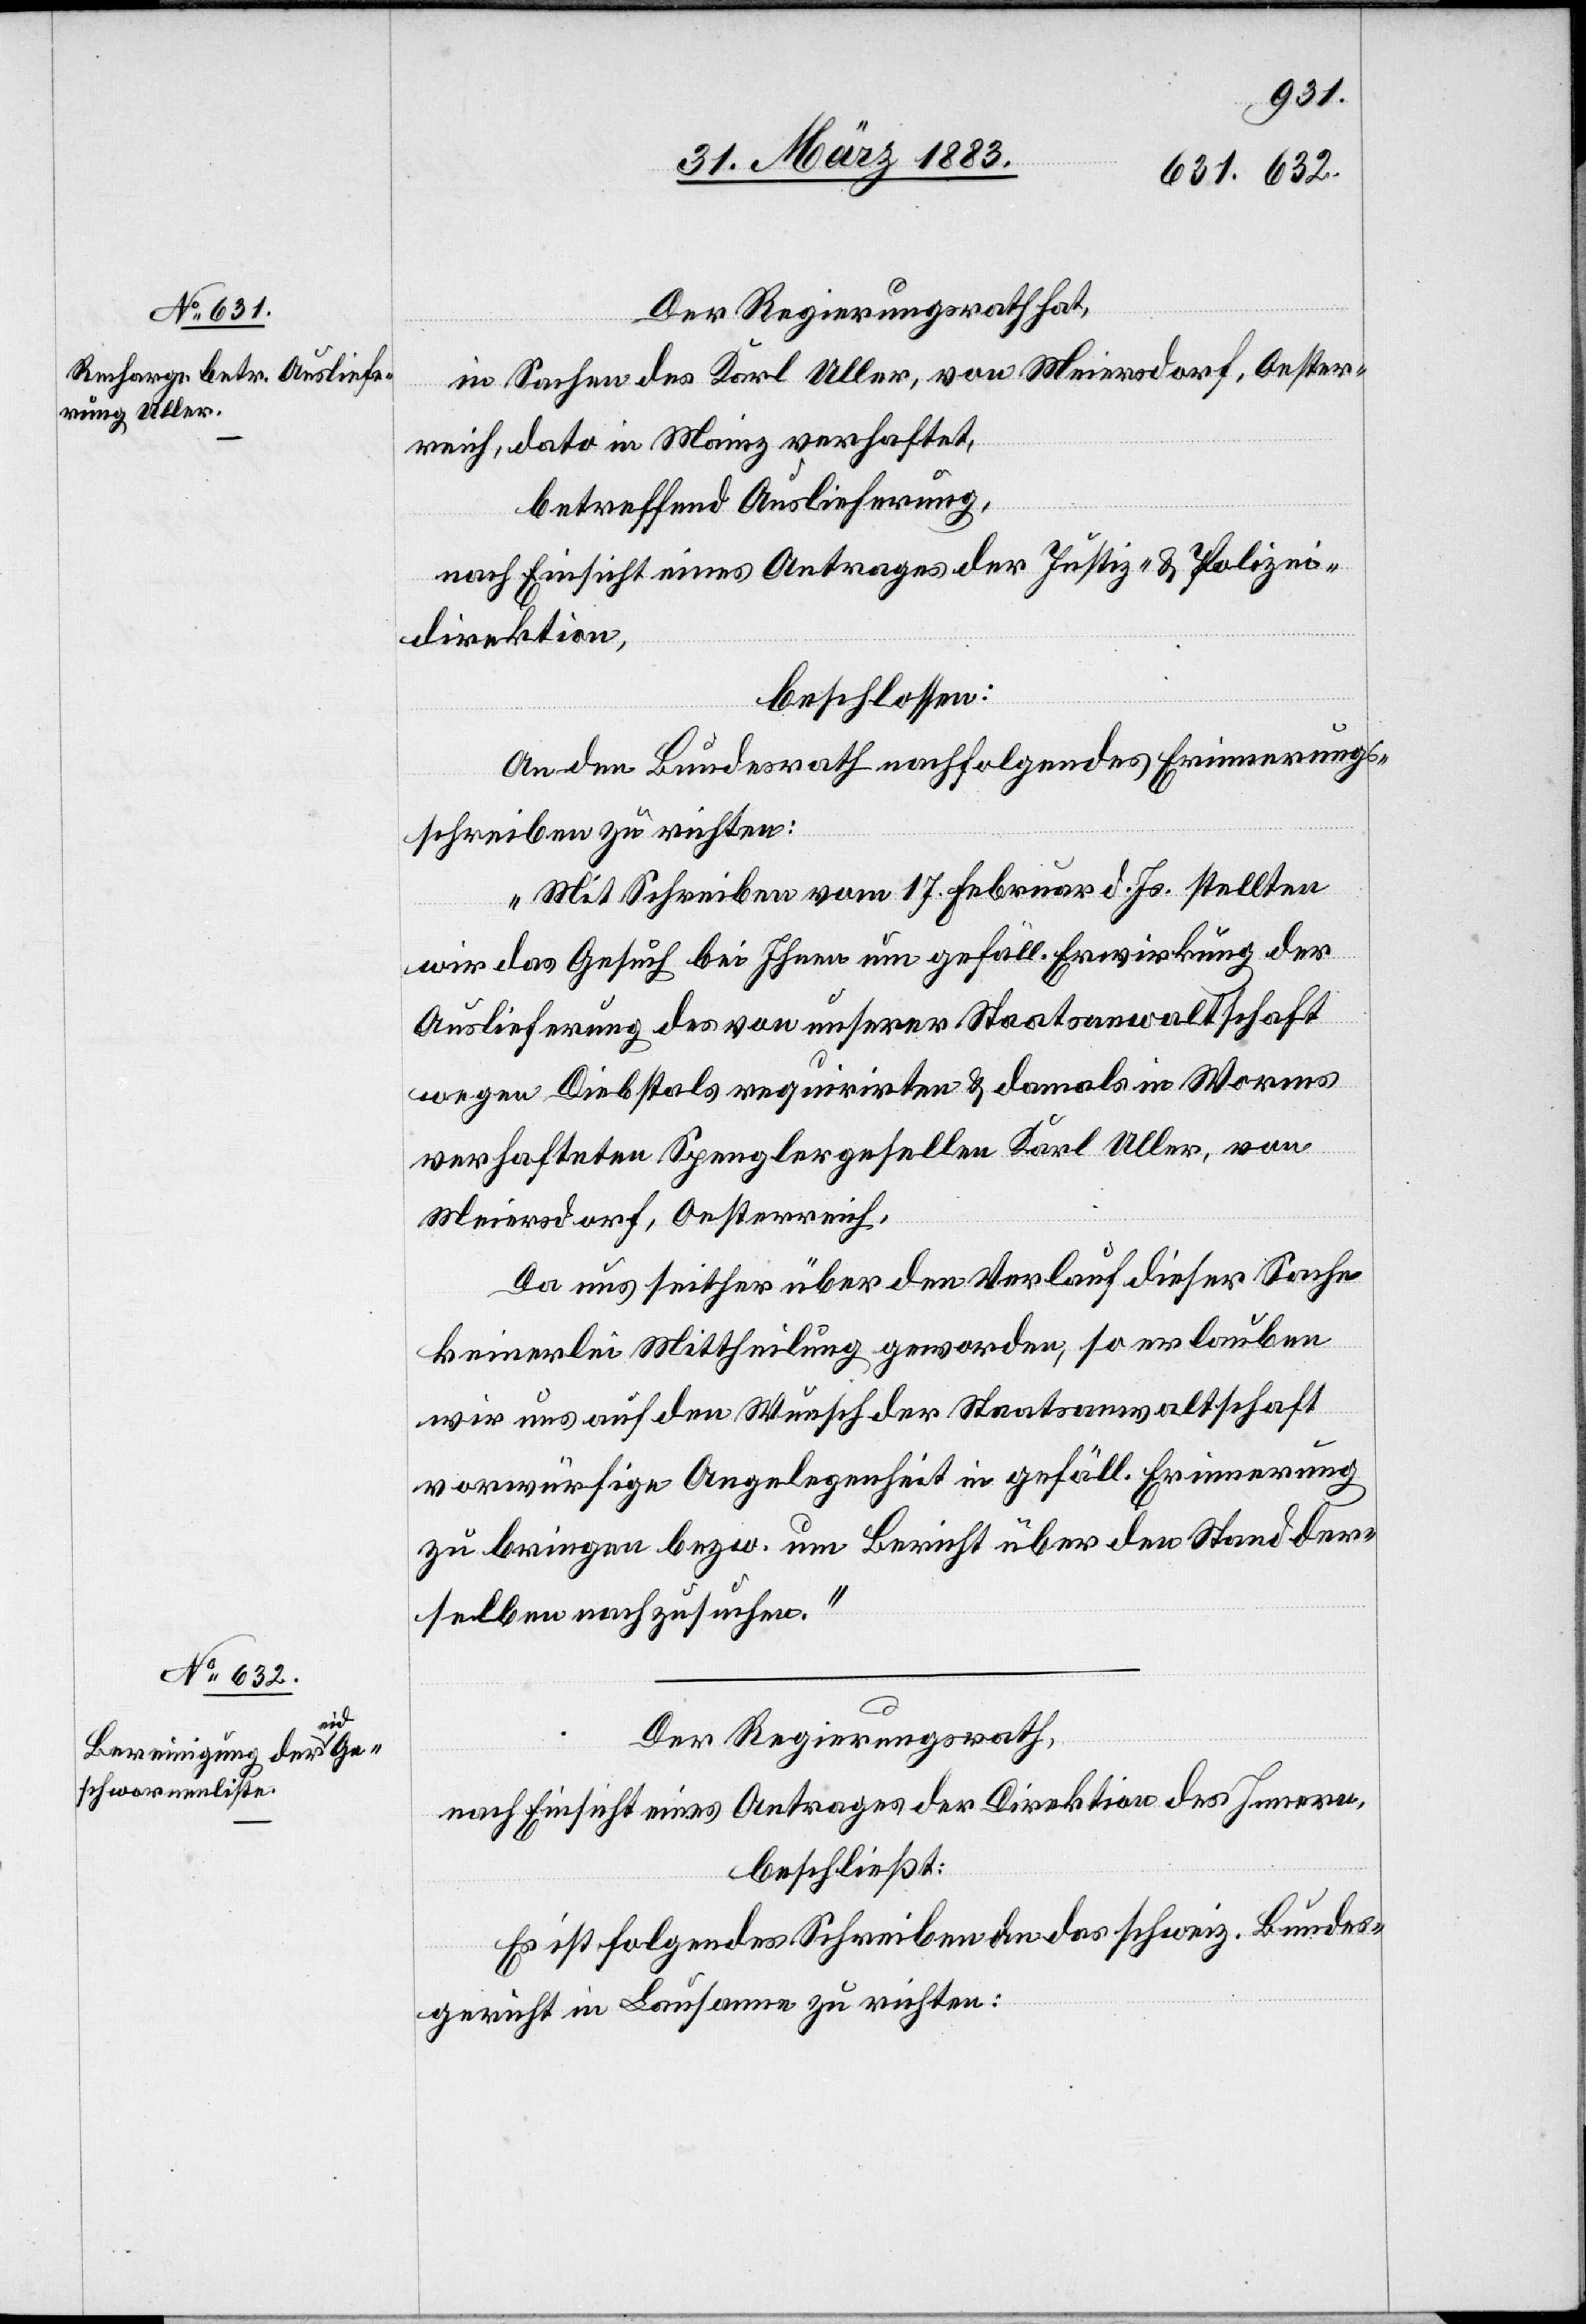
Der Regierungsrath hat,
in Sachen des Karl Uller, von Meiersdorf, Oester¬
reich, dato in Mainz verhaftet,
betreffend Auslieferung,
nach Einsicht eines Antrages der Justiz- & Polizei¬
direktion,
2.
beschlossen:
An den Bundesrath nachfolgendes Erinnerungs¬
schreiben zu richten:
„Mit Schreiben vom 17. Februar d. Js. stellten
wir das Gesuch bei Ihnen um gefäll. Erwirkung der
Auslieferung des von unserer Staatsanwaltschaft
wegen Diebstals requirirten & damals in Worms
verhafteten Spenglergesellen Karl Uller, von
Meiersdorf, Oesterreich.
Da uns seither über den Verlauf dieser Sache
keinerlei Mittheilung geworden, so erlauben
wir uns auf den Wunsche der Staatsanwaltschaft
vorwürfige Angelegenheit in gefäll. Erinnerung
zu bringen bezw. um Bericht über den Stand der¬
selben nachzusuchen.“
Der Regierungsrath,
nach Einsicht eines Antrages der Direktion des Innern,
beschließt:
Es ist folgendes Schreiben an das schweiz. Bundes¬
gericht in Lausanne zu richten: